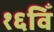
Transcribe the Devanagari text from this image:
१६विँ